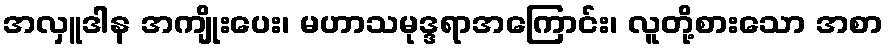
အလှူဒါန အကျိုးပေး၊ မဟာသမုဒ္ဒရာအကြောင်း၊ လူတို့စားသော အစာ